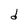
Character: d